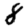
Digit: 8